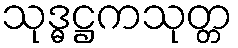
သုဒ္ဓဋ္ဌကသုတ္တ